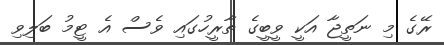
ރޭގެ މި ނަތީޖާ އަކީ ވީބީގެ ތާރީހުގައި ވެސް އެ ޓީމު ބަލިވި